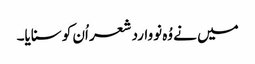
میں نے وُہ نووارد شعر اُن کو سنایا۔